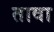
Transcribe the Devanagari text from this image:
तावा